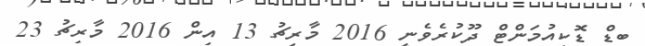
ބިޑް ޑޮކިއުމަންޓް ދޫކުރެވެނީ 2016 މާރިޗު 13 އިން 2016 މާރިޗު 23